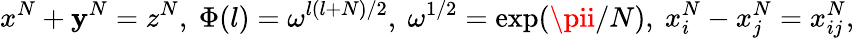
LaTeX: x^{N}+\mathbf{y}^{N}=z^{N},~\Phi(l)=\omega^{l(l+N)/2},~\omega^{1/2}=\exp(\pii/N),{}~x_{i}^{N}-x_{j}^{N}=x_{ij}^{N},